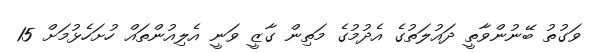
ވަގުތު ބޭނުންވާތީ ދައުލަތުގެ އެދުމުގެ މަތިން ގާޒީ ވަނީ އެލިއުންތައް ހުށަހެޅުމަށް 15